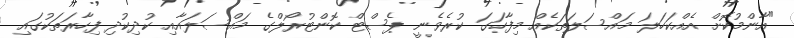
"އާންމުކޮށް އެއްކަހަލަ މައްސަލަތަކެއް މިފާހަގަ ކުރެވެނީ ޕެސްޓް ކޮންޓުރޯލްގެ މައްސަލައާއި ކުދިކުދި ފިހާރަތަކުގައި